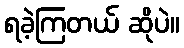
ရခဲ့ကြတယ် ဆိုပဲ။